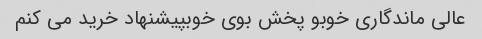
عالی ماندگاری خوبو پخش بوی خوبپیشنهاد خرید می کنم